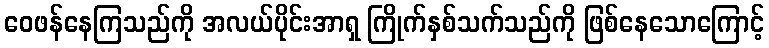
ဝေဖန်နေကြသည်ကို အလယ်ပိုင်းအာရှ ကြိုက်နှစ်သက်သည်ကို ဖြစ်နေသောကြောင့်